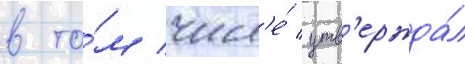
в то́м числ'е́ утв'ержда́л